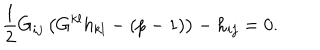
\frac { 1 } { 2 } G _ { i j } \left( G ^ { k l } h _ { k l } - ( p - 1 ) \right) - h _ { i j } = 0 .